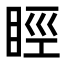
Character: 䀴